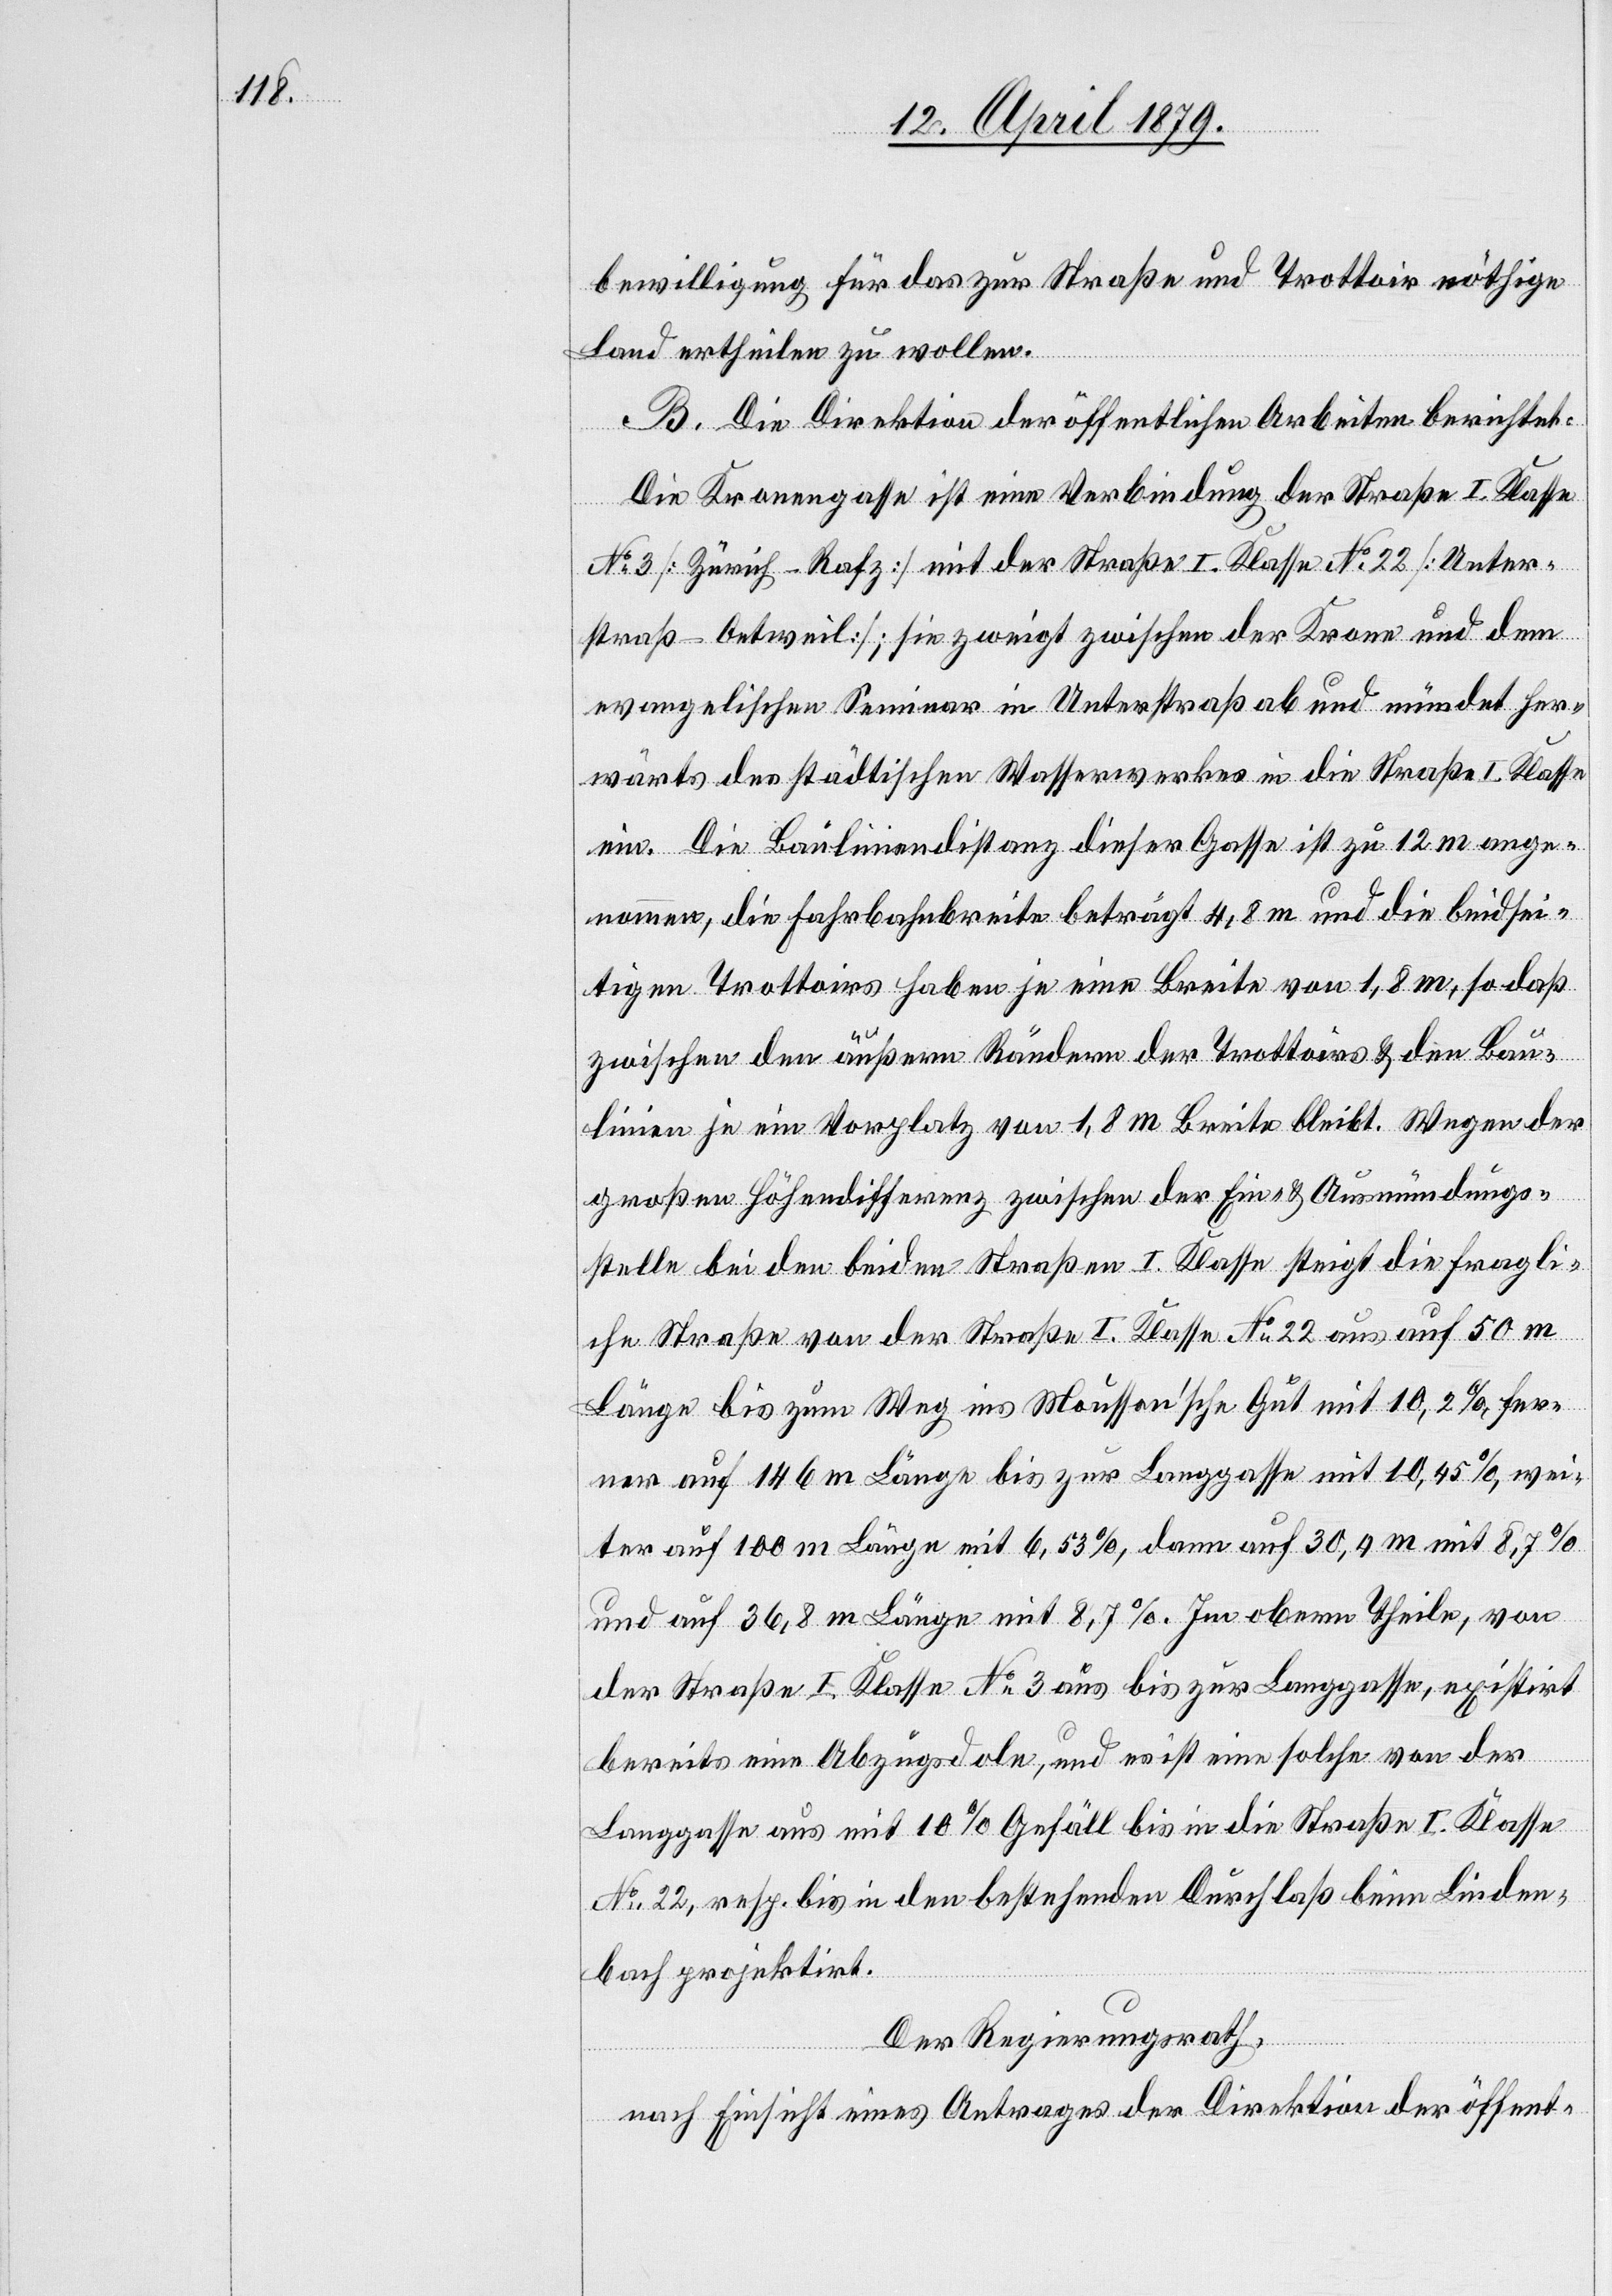
bewilligung für das zur Straße und Trottoir nöthige
Land ertheilen zu wollen.
B. Die Direktion der öffentlichen Arbeiten berichtet:
Die Kronengasse ist eine Verbindung der Straße I. Klasse
No 3 [Zürich–Rafz] mit der Straße I. Klasse No 22 [Unter¬
straß–Oetweil]; sie zweigt zwischen der Krone und dem
evangelischen Seminar in Unterstraß ab und mündet her¬
wärts des städtischen Wasserwerkes in die Straße I. Klasse
ein. Die Bauliniendistanz dieser Gasse ist zu 12 m ange¬
nommen, die Fahrbahnbreite beträgt 4,8 m und die beidsei¬
tigen Trottoirs haben je eine Breite von 1,8 m, so daß
zwischen den äußern Rändern der Trottoirs & den Bau¬
linien je ein Vorplatz von 1,8 m Breite bleibt. Wegen der
großen Höhendifferenz zwischen der Ein- & Ausmündungs¬
stelle bei den beiden Straßen I. Klasse steigt die fragli¬
che Straße von der Straße I. Klasse No 22 aus auf 50m
Länge bis zum Weg ins Mousson’sche Gut mit 10,2% fer¬
ner auf 146 m Länge bis zur Langgasse mit 10,45%, wei¬
ter auf 100 m Länge mit 6,53%, dann auf 30,4 m mit 8,7%
und auf 36,8 m Länge mit 8,7%. Im obern Theile, von
der Straße I. Klasse No 3 aus bis zur Langgasse, existirt
bereits eine Abzugsdole, und es ist eine solche von der
Langgasse aus mit 10% Gefäll bis in die Straße I. Klasse
No 22, resp. bis in den bestehenden Durchlaß beim Linden¬
bach projektirt.
Der Regierungsrath,
nach Einsicht eines Antrages der Direktion der öffent-